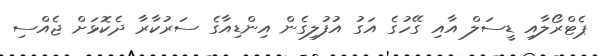
ޕެޓްރޯލާއި ޑީސަލް އާއި ގޭހުގެ އަގު އުފުލިގެން އިންޑިއާގެ ސަރުކާރާ ދެކޮޅަށް ޖެއްސި